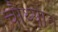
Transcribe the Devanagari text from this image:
चौथ्यात